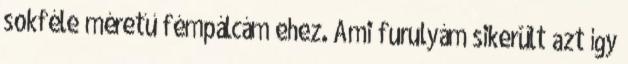
sokféle méretű fémpálcám ehez. Ami furulyám sikerült azt így